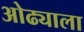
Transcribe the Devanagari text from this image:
ओढ्याला